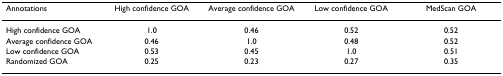
<table><thead><tr><td><b>Annotations</b></td><td><b>High confidence GOA</b></td><td><b>Average confidence GOA</b></td><td><b>Low confidence GOA</b></td><td><b>MedScan GOA</b></td></tr></thead><tbody><tr><td>High confidence GOA</td><td>1.0</td><td>0.46</td><td>0.52</td><td>0.52</td></tr><tr><td>Average confidence GOA</td><td>0.46</td><td>1.0</td><td>0.48</td><td>0.52</td></tr><tr><td>Low confidence GOA</td><td>0.53</td><td>0.45</td><td>1.0</td><td>0.51</td></tr><tr><td>Randomized GOA</td><td>0.25</td><td>0.23</td><td>0.27</td><td>0.35</td></tr></tbody></table>